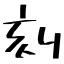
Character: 刻